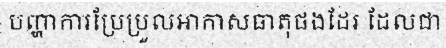
បញ្ហាការប្រែប្រួលអាកាសធាតុផងដែរ ដែលជា